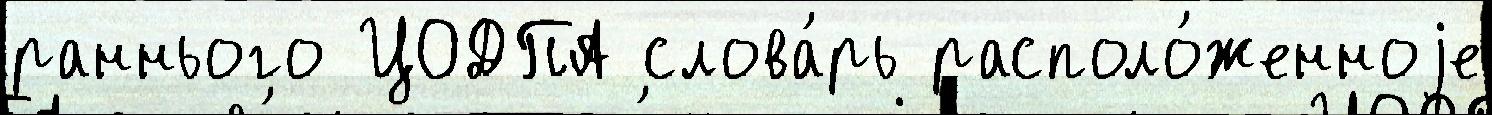
раннього ЦОДПА слова́рь располо́женноjе